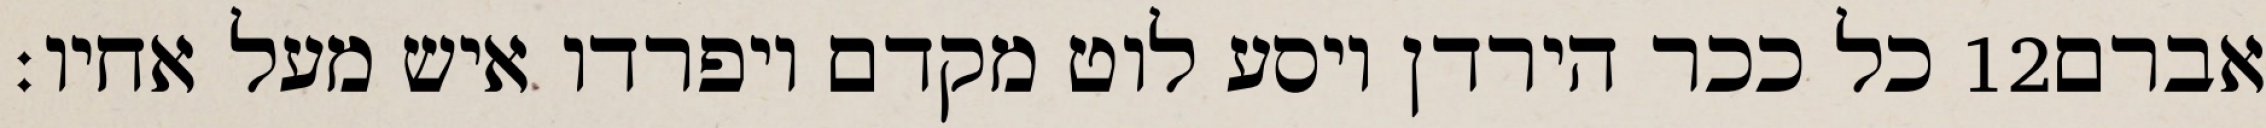
כל ככר הירדן ויסע לוט מקדם ויפרדו איש מעל אחיו׃ ‎12‏ אברם